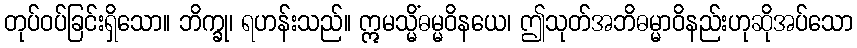
တုပ်ဝပ်ခြင်းရှိသော။ ဘိက္ခု၊ ရဟန်းသည်။ ဣမသ္မိံဓမ္မဝိနယေ၊ ဤသုတ်အဘိဓမ္မာဝိနည်းဟုဆိုအပ်သော